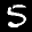
Label: 5